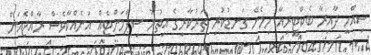
ސިއްހީ ދާއިރާ ބެކްޓީރިއާ ހިމެނޭ ގަނޑުކުރި ތަރުކާރީގެ އިތުރު ޝިޕްމަންޓެއް އަނެއްކާވެސް ރާއްޖެއަށް